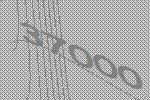
37000